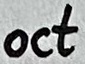
Text: oct